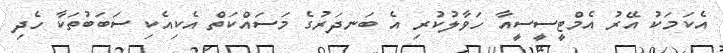
އެކަމަކު އޭރު އެމްޓީސީސީއާ ހަވާލުކުރި އެ ބަނދަރުގެ މަސައްކަތް އެކިއެކި ސަބަބުތަކާ ހެދި